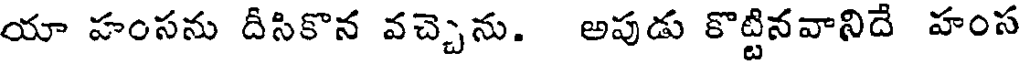
యా హంసను దీసికొన వచ్చెను. అపుడు కొట్టినవానిదే హంస